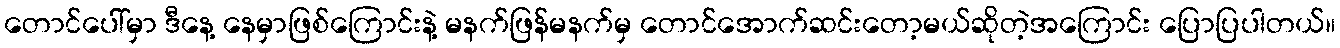
တောင်ပေါ်မှာ ဒီနေ့ နေမှာဖြစ်ကြောင်းနဲ့ မနက်ဖြန်မနက်မှ တောင်အောက်ဆင်းတော့မယ်ဆိုတဲ့အကြောင်း ပြောပြပါတယ်။